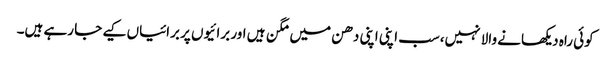
کوئی راہ دیکھانے والا نہیں،سب اپنی اپنی دھن میں مگن ہیں اور برائیوں پر برائیاں کیے جا رہے ہیں۔